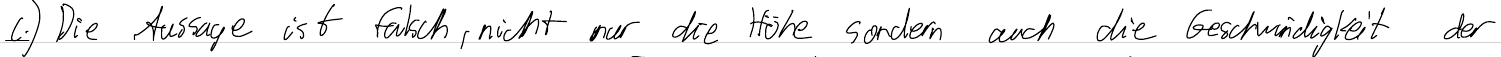
c.) Die Aussage ist falsch, nicht nur die Höhe sondern auch die Geschwindigkeit der